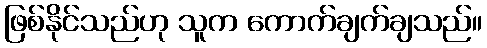
ဖြစ်နိုင်သည်ဟု သူက ကောက်ချက်ချသည်။